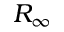
R _ { \infty }